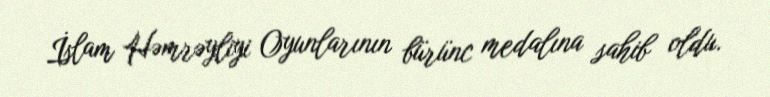
İslam Həmrəyliyi Oyunlarının bürünc medalına sahib oldu.